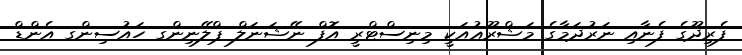
ފެރިދޫގެ ފެނާއި ނަރުދަމާގެ މަޝްރޫޢުއަކީ މިނިސްޓްރީ އޮފް ނޭޝަނަލް ޕްލޭނިންގ ހައުސިންގ އެންޑް